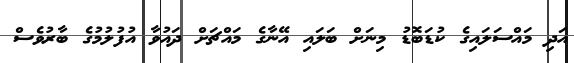
އަދި މައްސަލައިގެ ކުޑަބޮޑު މިނަށް ބަލައި އޭނާގެ މައްޗަށް ދައުވާ އުފުލުމުގެ ބާރުވެސް